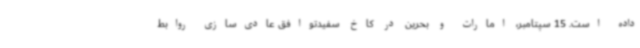
داده است. 15 سپتامبر، امارات و بحرین در کاخ سفیدتوافق عادی‌سازی روابط